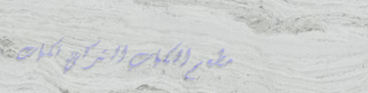
مطعم الكباب التركي: نكهات